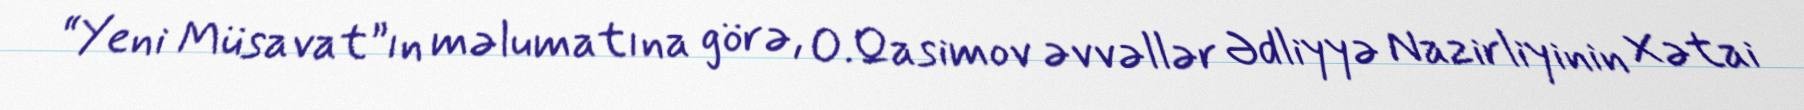
“Yeni Müsavat”ın məlumatına görə, O.Qasimov əvvəllər Ədliyyə Nazirliyinin Xətai